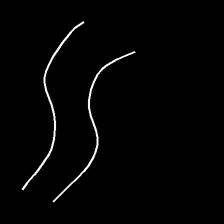
Glyph: float